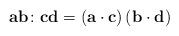
LaTeX: \begin{align*}\mathbf{a}\mathbf{b}\colon\mathbf{c}\mathbf{d}=\left(\mathbf{a}\cdot\mathbf{c}\right)\left(\mathbf{b}\cdot\mathbf{d}\right)\end{align*}